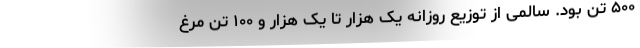
۵۰۰ تن بود. سالمی از توزیع روزانه یک هزار تا یک هزار و ۱۰۰ تن مرغ